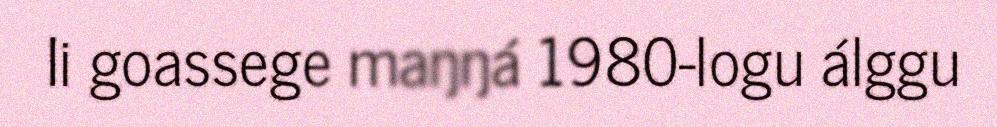
Ii goassege maŋŋá 1980-logu álggu